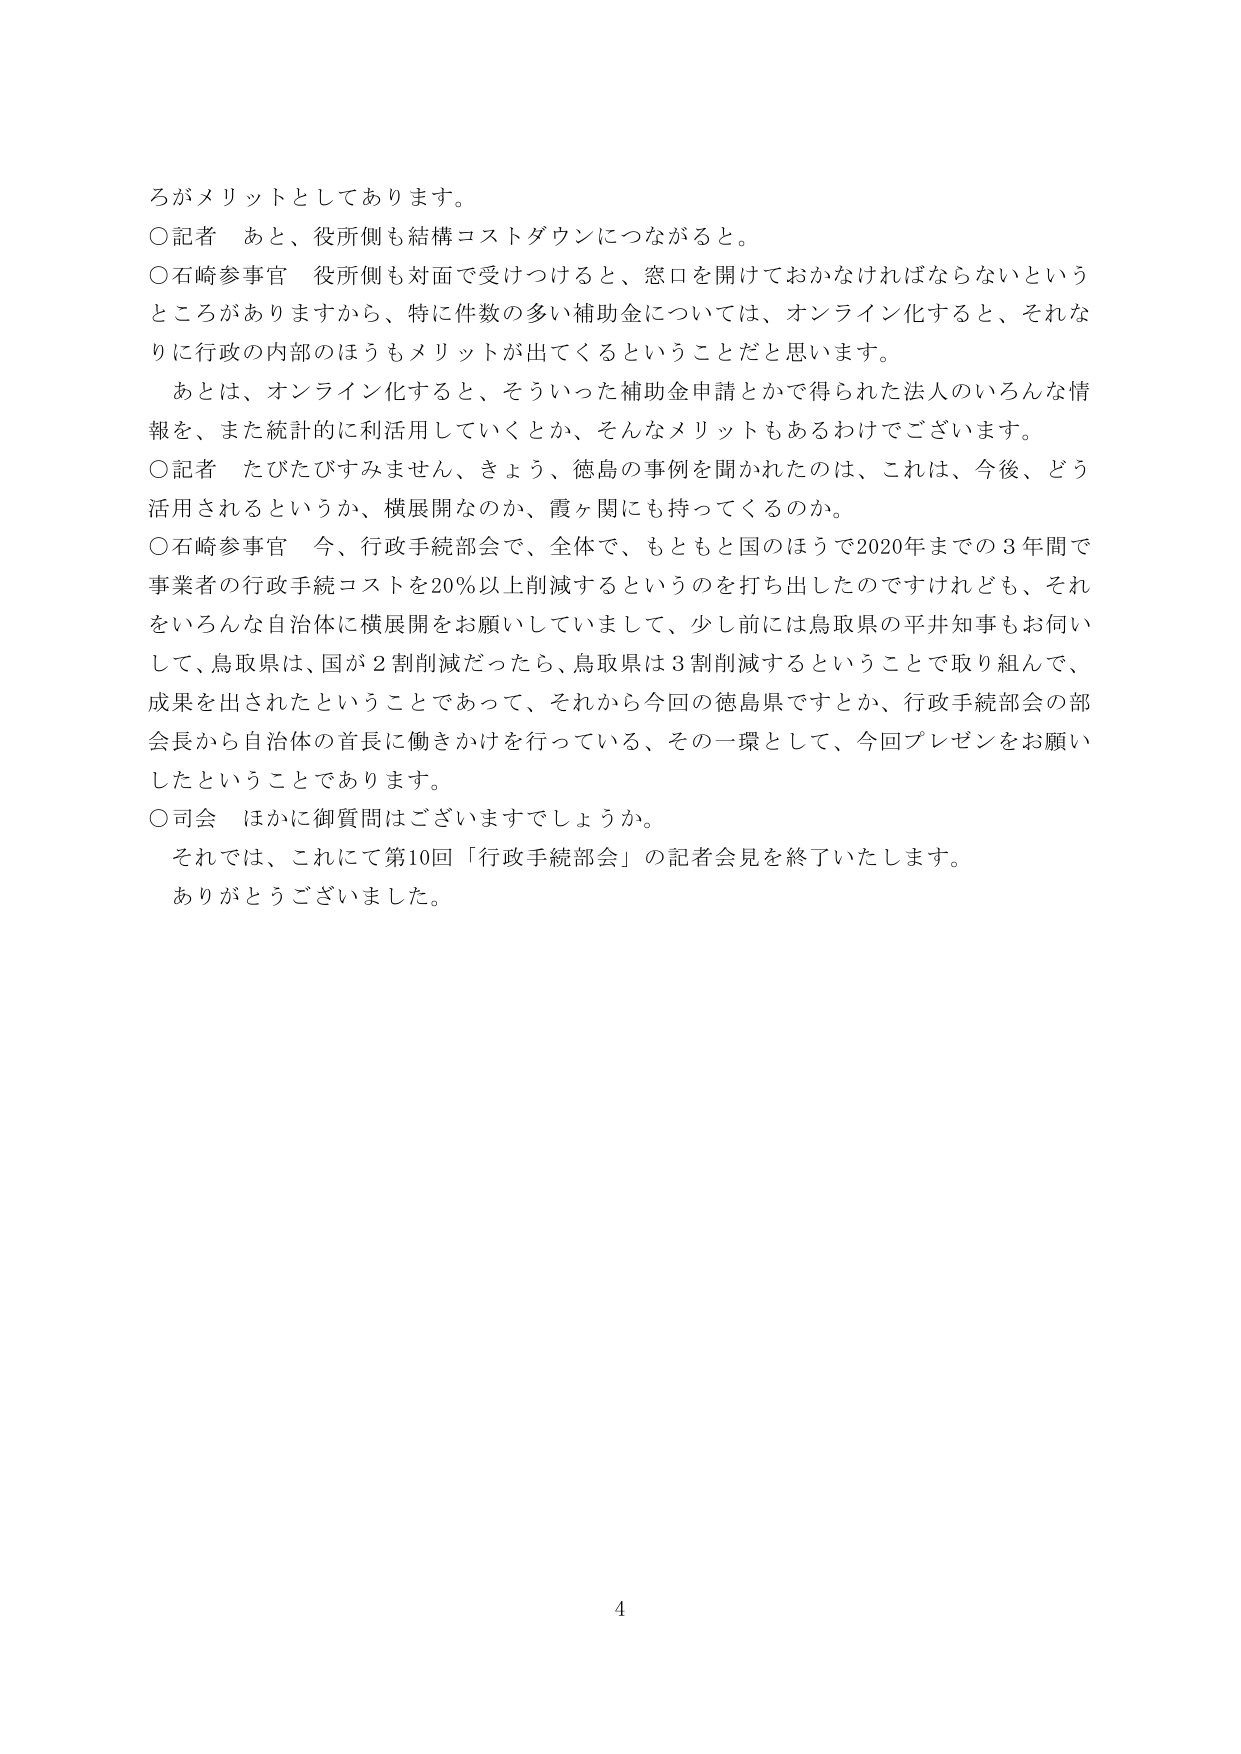
ろがメリットとしてあります。
○記者 あと、役所側も結構コストダウンにつながると。
○石崎参事官 役所側も対面で受けつけると、窓口を開けておかなければならないという
ところがありますから、特に件数の多い補助金については、オンライン化すると、それな
りに行政の内部のほうもメリットが出てくるということだと思います。
　あとは、オンライン化すると、そういった補助金申請とかで得られた法人のいろんな情
報を、また統計的に利活用していくとか、そんなメリットもあるわけでございます。
○記者 たびたびすみません、きょう、徳島の事例を聞かれたのは、これは、今後、どう
活用されるというか、横展開なのか、霞ヶ関にも持ってくるのか。
○石崎参事官 今、行政手続部会で、全体で、もともと国のほうで2020年までの3年間で
事業者の行政手続コストを20％以上削減するというのを打ち出したのですけれども、それ
をいろんな自治体に横展開をお願いしていまして、少し前には鳥取県の平井知事もお伺い
して、鳥取県は、国が2割削減だったら、鳥取県は3割削減するということで取り組んで、
成果を出されたということであって、それから今回の徳島県ですとか、行政手続部会の部
会長から自治体の首長に働きかけを行っている、その一環として、今回プレゼンをお願い
したということであります。
○司会 ほかに御質問はございますでしょうか。
　それでは、これにて第10回「行政手続部会」の記者会見を終了いたします。
　ありがとうございました。
4